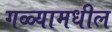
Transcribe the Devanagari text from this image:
गळ्यामधील